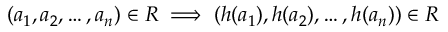
( a _ { 1 } , a _ { 2 } , \dots , a _ { n } ) \in R \implies ( h ( a _ { 1 } ) , h ( a _ { 2 } ) , \dots , h ( a _ { n } ) ) \in R